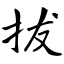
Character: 拔